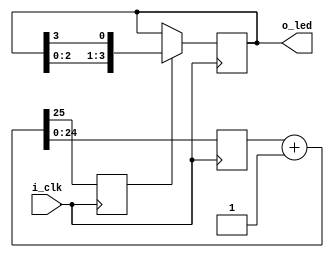
/*
    WaveJSON:

    {signal: [
        {name: 'i_clk',    wave: 'PPPPPPPPPP'},
        
        {name: 'counter[0]',   wave: '0101010101'},
        {name: 'counter[1]',   wave: '0.1.0.1.0.'},
        
        {name: 'stb',          wave: '0...10..10'},
        
        {name: 'o_led[0]',     wave: '1...0.....'},
        {name: 'o_led[1]',     wave: '0...1...0.'},
        {name: 'o_led[2]',     wave: '0.......1.'},
        {name: 'o_led[3]',     wave: '0.........'},
    ]}

An example of PLL instantiation for TinyFPGA BX:

    wire clk_10mhz;

    wire BYPASS;
    wire RESETB;

    SB_PLL40_CORE usb_pll_inst (
        .REFERENCECLK(clk_16mhz_pin3),
        .PLLOUTCORE(clk_10mhz),
        .RESETB(RESETB),
        .BYPASS(BYPASS)
    );

    assign BYPASS = 0;
    assign RESETB = 1;

    // Fin=16, Fout=10;
    defparam usb_pll_inst.DIVR = 0; 
    defparam usb_pll_inst.DIVF = 9; 
    defparam usb_pll_inst.DIVQ = 4;
    defparam usb_pll_inst.FILTER_RANGE = 3'b001;
    defparam usb_pll_inst.FEEDBACK_PATH = "SIMPLE";
    defparam usb_pll_inst.DELAY_ADJUSTMENT_MODE_FEEDBACK = "FIXED";
    defparam usb_pll_inst.FDA_FEEDBACK = 4'b0000;
    defparam usb_pll_inst.DELAY_ADJUSTMENT_MODE_RELATIVE = "FIXED";
    defparam usb_pll_inst.FDA_RELATIVE = 4'b0000;
    defparam usb_pll_inst.SHIFTREG_DIV_MODE = 2'b00;
    defparam usb_pll_inst.PLLOUT_SELECT = "GENCLK";
    defparam usb_pll_inst.ENABLE_ICEGATE = 1'b0;

The icepll utility generates the code.

*/

`default_nettype none

module shift(i_clk, o_led);
    parameter COUNTER_WIDTH = 25;
    parameter LED_COUNT = 4;

    input wire i_clk;
    output reg[LED_COUNT-1:0] o_led;

    initial o_led = 1'b1;

    reg [COUNTER_WIDTH-1:0] counter;
    reg stb;

    initial {stb, counter} = 0;

    always @(posedge i_clk) 
    begin
        {stb, counter} <= counter + 1'b1;
    end

    always @(posedge i_clk) 
    begin
        if (stb)
        begin
            o_led <= {o_led[LED_COUNT-2:0], o_led[LED_COUNT-1]};
        end    
    end

endmodule